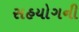
સહયોગની